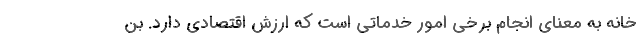
خانه به معنای انجام برخی امور خدماتی است که ارزش اقتصادی دارد. بن